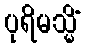
ပုရိမသ္မိံ